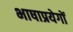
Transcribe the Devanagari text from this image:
भाषाप्रयेगों